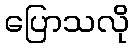
ပြောသလို